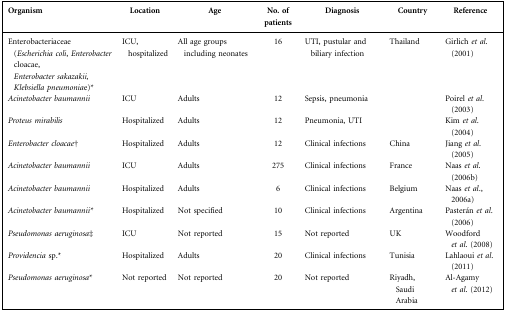
<table><thead><tr><td><b>Organism</b></td><td><b>Location</b></td><td><b>Age</b></td><td><b>No. of patients</b></td><td><b>Diagnosis</b></td><td><b>Country</b></td><td><b>Reference</b></td></tr></thead><tbody><tr><td>Enterobacteriaceae(<i>Escherichia coli</i>, <i><i>Enterobacter</i> cloacae,</i><i>Enterobacter sakazakii, Klebsiella pneumonia</i>e)*</td><td>ICU, hospitalized</td><td>All age groups including neonates</td><td>16</td><td>UTI, pustular and biliary infection</td><td>Thailand</td><td>Girlich <i>et al.</i> (2001)</td></tr><tr><td><i>Acinetobacter</i><i>baumannii</i></td><td>ICU</td><td>Adults</td><td>12</td><td>Sepsis, pneumonia</td><td></td><td>Poirel <i>et al.</i> (2003)</td></tr><tr><td><i>Proteus mirabilis</i></td><td>Hospitalized</td><td>Adults</td><td>12</td><td>Pneumonia, UTI</td><td></td><td>Kim <i>et al.</i> (2004)</td></tr><tr><td><i>Enterobacter cloacae</i>†</td><td>Hospitalized</td><td>Adults</td><td>12</td><td>Clinical infections</td><td>China</td><td>Jiang <i>et al.</i> (2005)</td></tr><tr><td><i>Acinetobacter baumannii</i></td><td>ICU</td><td>Adults</td><td>275</td><td>Clinical infections</td><td>France</td><td>Naas <i>et al.</i> (2006b)</td></tr><tr><td><i>Acinetobacter baumannii</i></td><td>Hospitalized</td><td>Adults</td><td>6</td><td>Clinical infections</td><td>Belgium</td><td>Naas <i>et al.</i>, 2006a)</td></tr><tr><td><i>Acinetobacter baumannii*</i></td><td>Hospitalized</td><td>Not specified</td><td>10</td><td>Clinical infections</td><td>Argentina</td><td>Pasterán <i>et al.</i> (2006)</td></tr><tr><td><i>Pseudomonas aeruginosa</i>‡</td><td>ICU</td><td>Not reported</td><td>15</td><td>Not reported</td><td>UK</td><td>Woodford <i>et al.</i> (2008)</td></tr><tr><td><i>Providencia</i> sp.*</td><td>Hospitalized</td><td>Adults</td><td>20</td><td>Clinical infections</td><td>Tunisia</td><td>Lahlaoui <i>et al.</i> (2011)</td></tr><tr><td><i>Pseudomonas</i><i>aeruginosa</i>*</td><td>Not reported</td><td>Not reported</td><td>20</td><td>Not reported</td><td>Riyadh, Saudi Arabia</td><td>Al-Agamy <i>et al.</i> (2012)</td></tr></tbody></table>